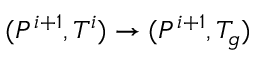
( P ^ { i + 1 } , T ^ { i } ) \rightarrow ( P ^ { i + 1 } , T _ { g } )